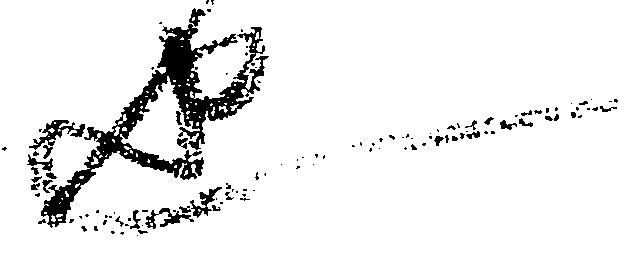
也